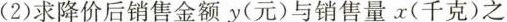
(2)求降价后销售金额y(元)与销售量x(千克)之